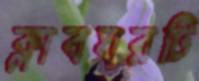
ক্লাবঘরটি